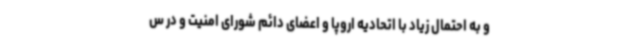
و به احتمال زیاد با اتحادیه اروپا و اعضای دائم شورای امنیت و در س